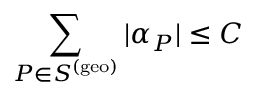
\sum _ { P \in S ^ { ( \mathrm { g e o } ) } } | \alpha _ { P } | \leq C